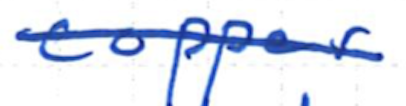
Text: copper
Cross-out: single-line
Writing tool: ballpoint